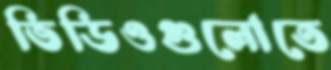
ভিডিওগুলোতে